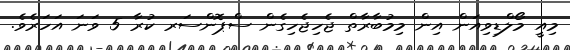
މިއީ މޯލްޑިވިއަން އިން މިމުބާރާތް ޖެހިޖެހިގެން ސްޕޮންސަރ ކުރާ 5 ވަނަ އަހަރެވެ.